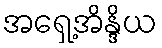
အရှေ့အိန္ဒိယ